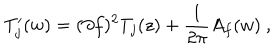
T _ { j } ^ { \prime } ( w ) = ( \partial f ) ^ { 2 } T _ { j } ( z ) + { \frac { 1 } { 2 \pi } } A _ { f } ( w ) ~ ,